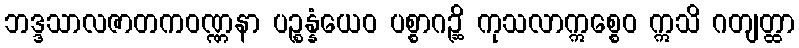
ဘဒ္ဒသာလဇာတကဝဏ္ဏနာ ပဉ္စန္နံယေဝ ပစ္စာဂဉ္ဆိ ကုသလာဣစ္စေဝ ဣသိ ဂတျတ္ထာ